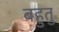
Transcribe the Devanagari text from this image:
बहुतु